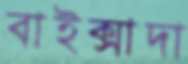
বাইক্সাদা